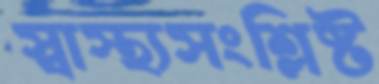
স্বাস্থ্যসংশ্লিষ্ট